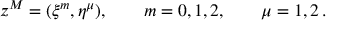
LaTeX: z ^ { M } = ( \xi ^ { m } , \eta ^ { \mu } ) , \qquad m = 0 , 1 , 2 , \qquad \mu = 1 , 2 \, .